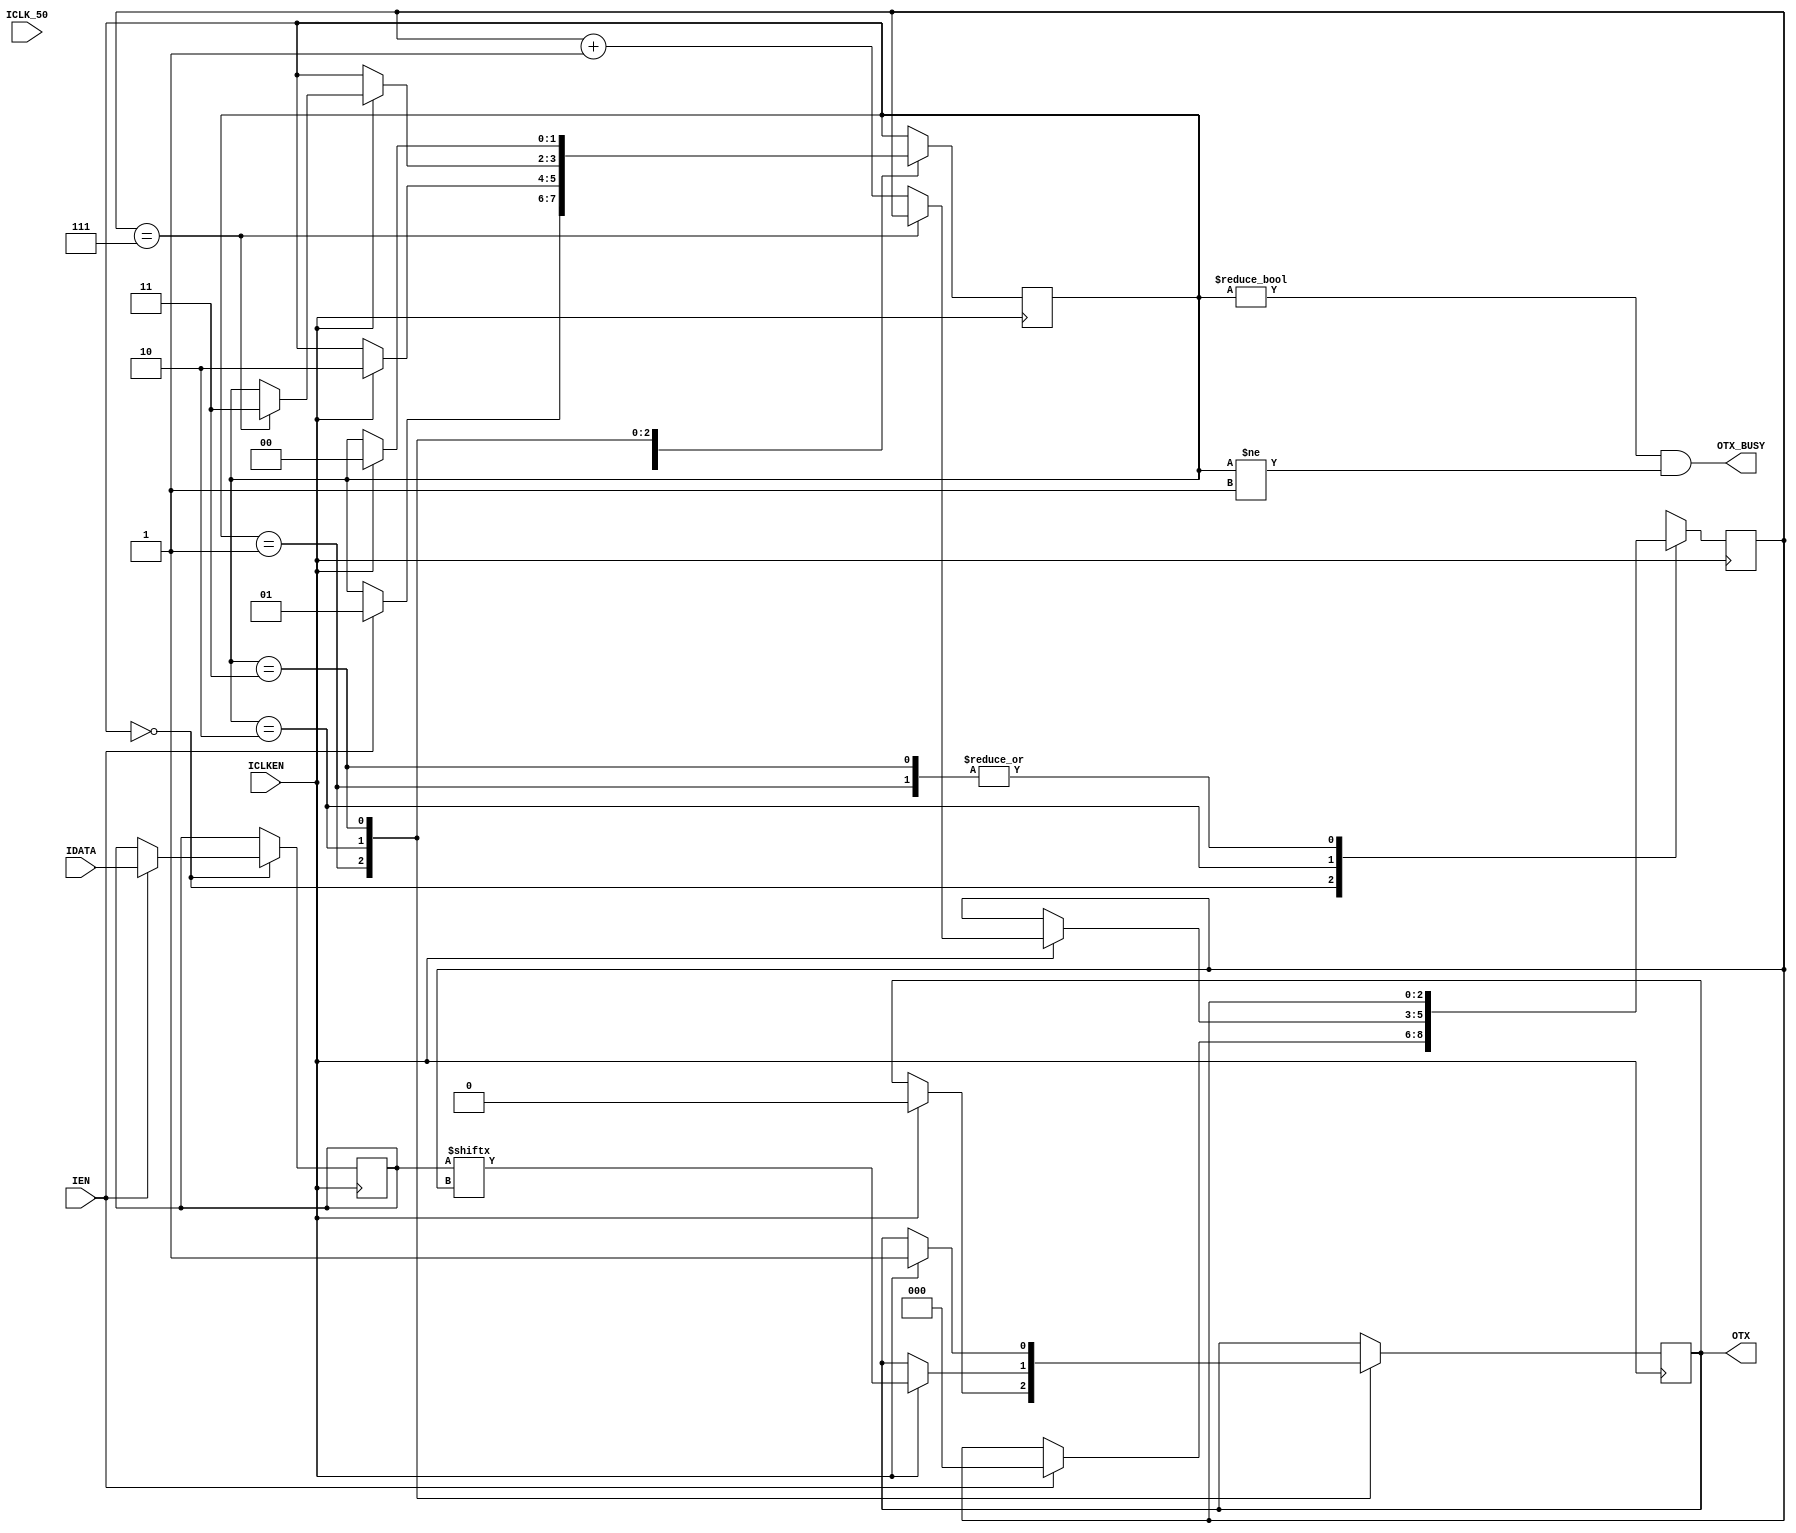
module UART_TX 
  (input  wire [7:0] IDATA ,   //input data
   input  wire       IEN ,     //input enable
   input  wire       ICLK_50 , //input clock 50 MHZ
   input  wire       ICLKEN ,  //input clock internal for transmitter
   output reg        OTX ,     //output TX
   output wire       OTX_BUSY);//output TX Busy , it's a wire to indicate if OTX available or not

initial
  begin
   OTX = 1'b1; // It's the idle condition
  end

parameter STATE_IDLE = 2'b00;
parameter STATE_START= 2'b01;
parameter STATE_DATA = 2'b10;
parameter STATE_STOP = 2'b11;

reg [7:0] DATA   = 8'h00;
reg [2:0] BITPOS = 3'h0;
reg [1:0] STATE  = STATE_IDLE ;

always @(posedge ICLKEN)
 begin
  case (STATE)
    STATE_IDLE  : begin 
                    if (IEN) 
                       begin 
                          STATE <= STATE_START; 
                          DATA  <= IDATA;
                          BITPOS = 3'h0;
                       end
                  end
    STATE_START : begin 
                    if (ICLKEN) 
                       begin 
                          OTX   <= 1'b0 ;
                          STATE <= STATE_DATA;
                       end
                  end
    STATE_DATA  : begin 
                    if (ICLKEN) 
                       begin 
                          if (BITPOS == 3'h7)
                                 STATE <= STATE_STOP;
                          else
                             BITPOS <= BITPOS + 3'h1;
                             OTX    <= DATA[BITPOS] ; 
                       end
                  end
    STATE_STOP : begin 
                    if (ICLKEN) 
                       begin 
                          OTX <= 1'b1;
                          STATE <= STATE_IDLE;
                       end
                  end
    default    : begin 
                   OTX <= 1'b1;
                   STATE <= STATE_IDLE;
                 end
  endcase
 end

assign OTX_BUSY = (STATE != STATE_IDLE && STATE != STATE_START );

endmodule